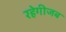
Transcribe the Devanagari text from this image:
रहेगीजब